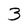
Character: 3